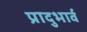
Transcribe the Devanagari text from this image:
प्रादुभार्व